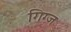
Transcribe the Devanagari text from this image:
गिग्ज